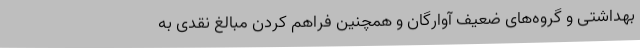
بهداشتی و گروه‌های ضعیف آوارگان و همچنین فراهم کردن مبالغ نقدی به